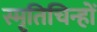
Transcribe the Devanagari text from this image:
स्मृतिचिन्हों